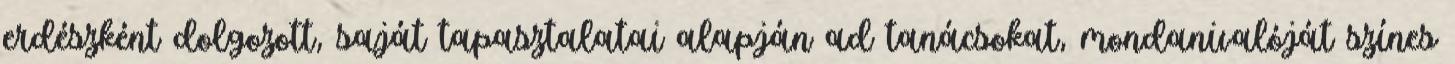
erdészként dolgozott, saját tapasztalatai alapján ad tanácsokat, mondanivalóját színes